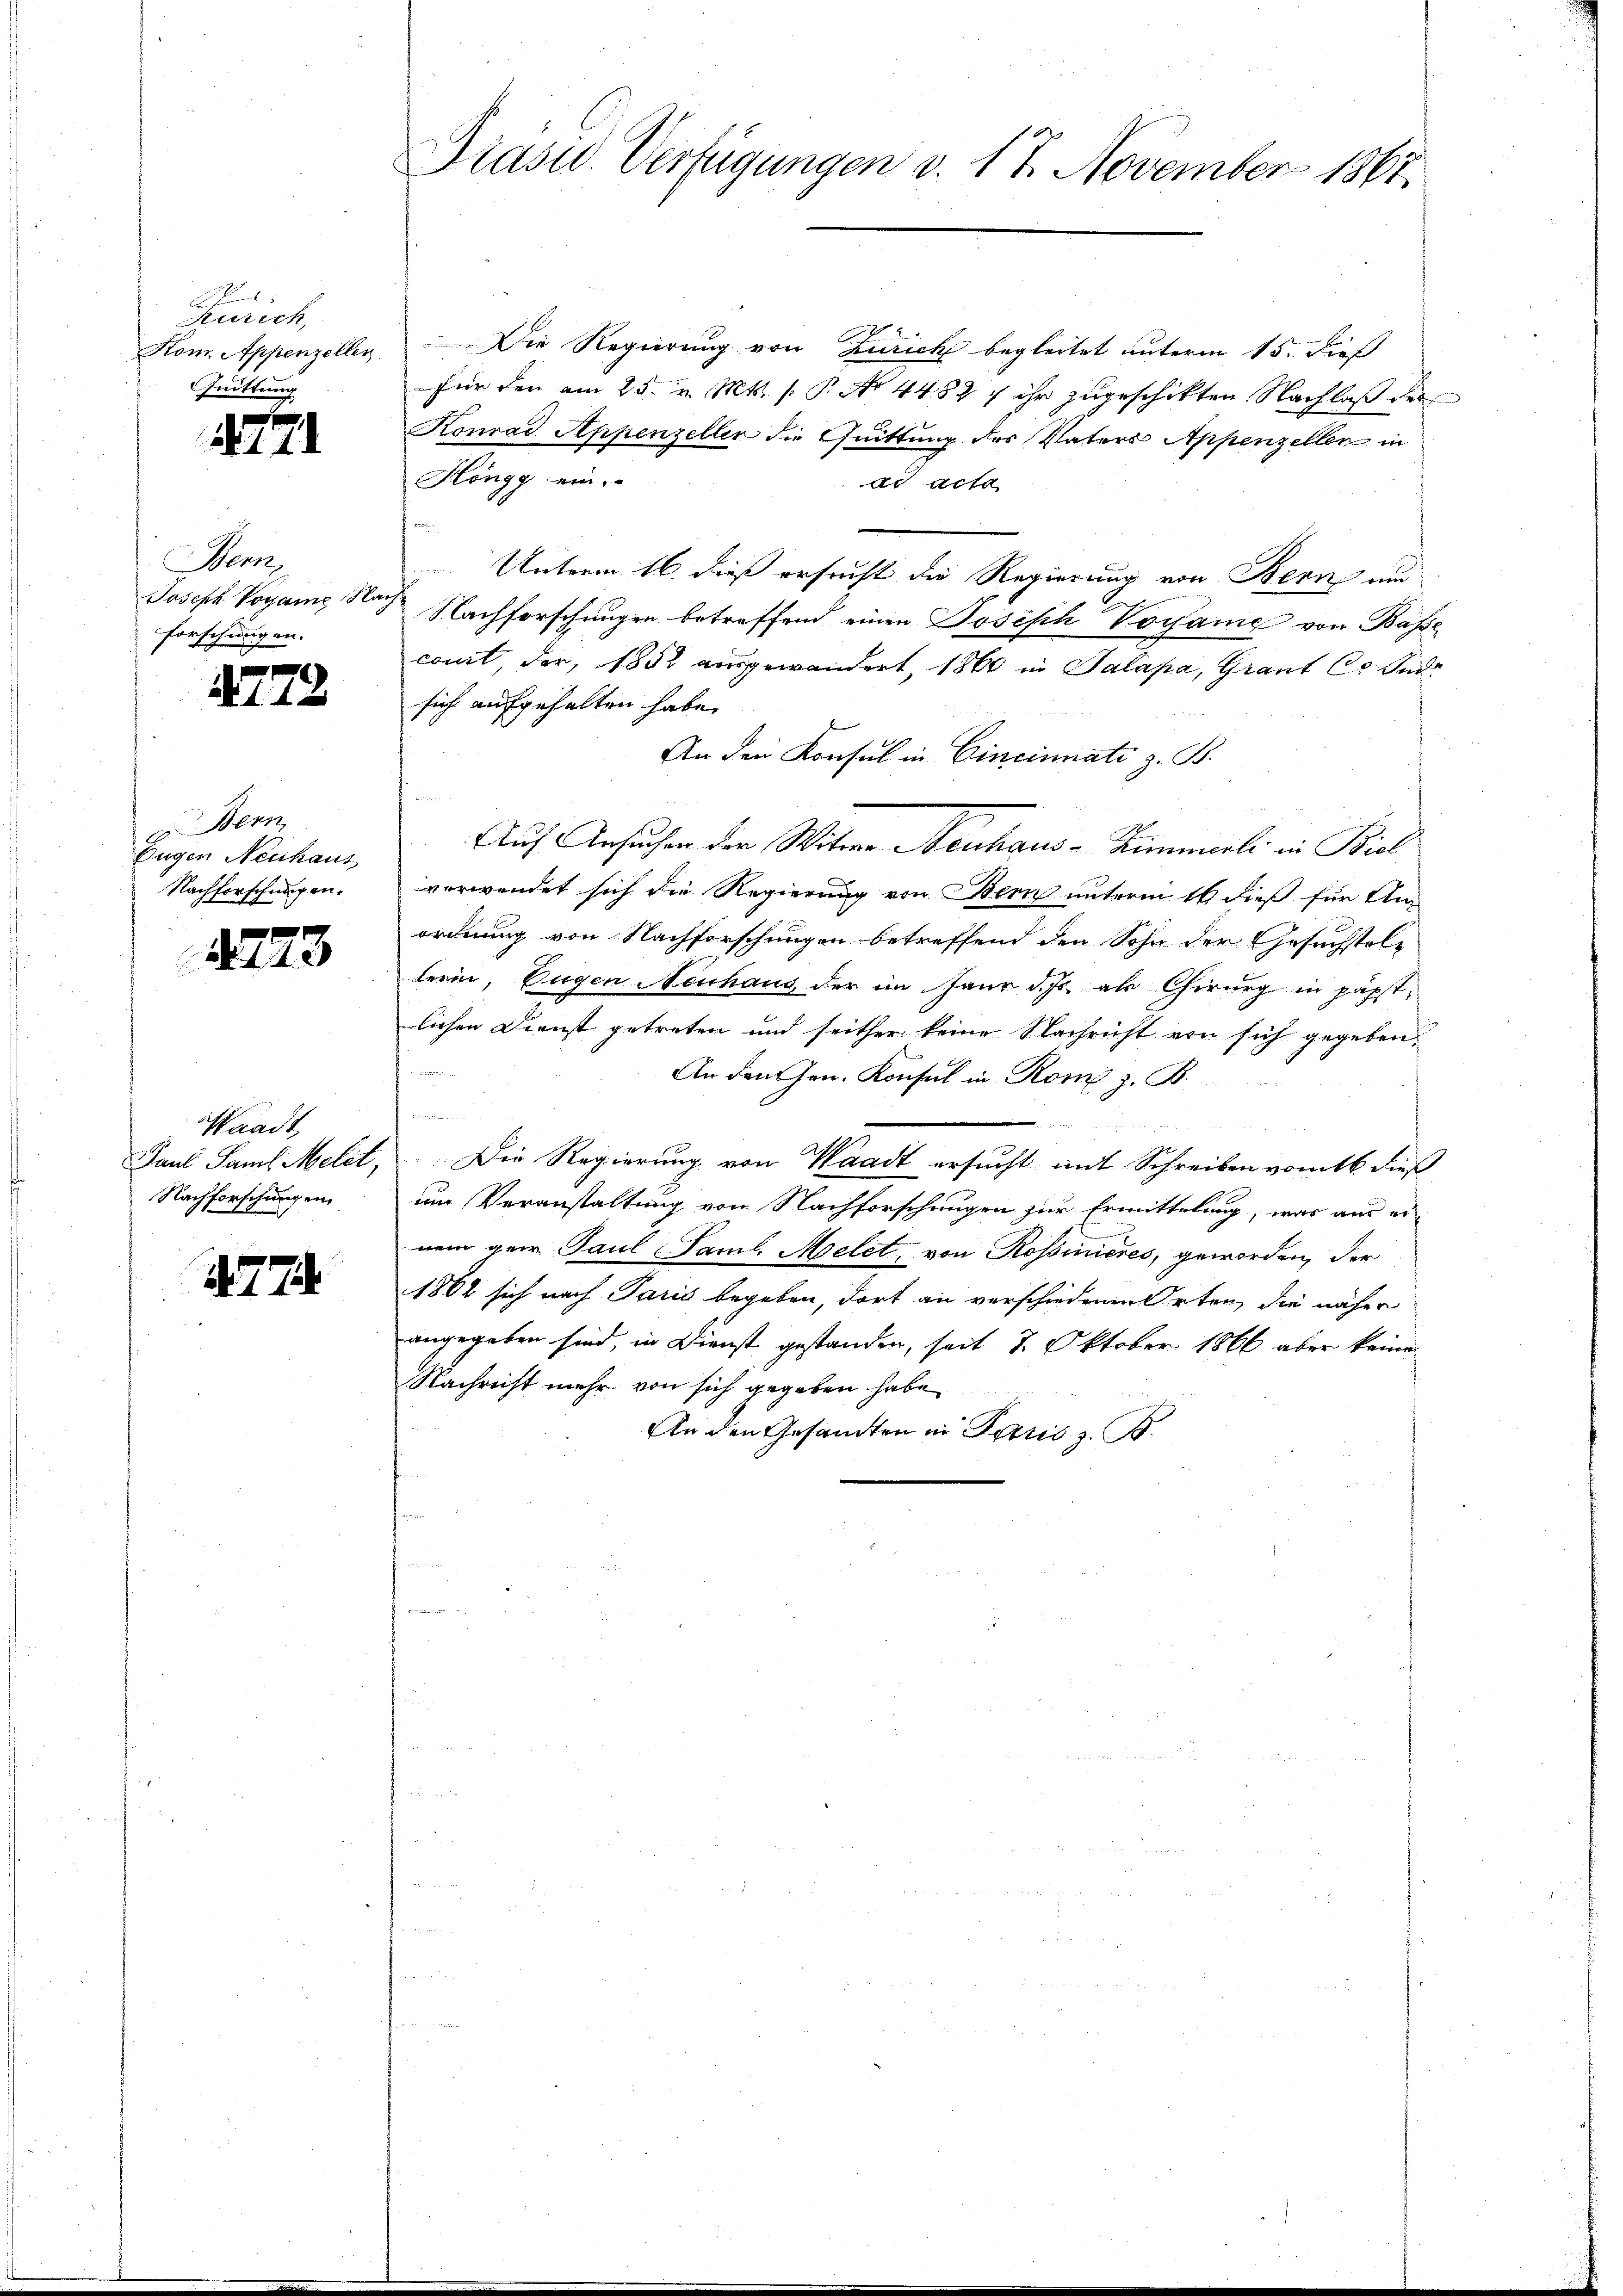
2
Zürich
Kom. Appenzellen
Quittung

A771

Merk
Joseph Vogane Nac
forschungen.

2778

Bern,
Eugen Neuhaus
Nachforschungen.

2773

Waadt,
Paul Paul Melet,
Nachforschung en

477

Präsid. Verfügungen v. 17. November 1867.

Die Regierung von Zürich begleitet unterm 15. dieß
für den am 25. v. Mts. f. P. No 4482 f ihr zugeschikten Nachlaß des
Konrad Appenzeller die Quittung des Vaters Appenzellen in
Höngg ein.
ad acta
Unterm 16. dieß ersucht die Regierung von Bern und
Nachforschungen betreffend einen Josisch Vorsame von Base
comit, der, 1882 ausgewandert, 1860 in Palapa, Grant C. und
sich aufgehalten habe.
An den Konsul in Cincinati z. B.
.
Auf Ansuchen der Witwe Neuhaus - Zimmerli in Biel
verwendet sich die Regierung von Bern unterm 16 dieß für An-
ordnung von Nachforschungen betreffend den Sohn der Gesuchstellerin, Eugen Neuhaus der im Jaur d. Js. als Chirurg in päpst
lichen Dienst getreten und seither keine Nachricht von sich gegeben,
An den Gen. Konsul in Rom z. B.
.
Die Regierung von Waadt ersucht mit Schreiben vom 16. dieß
um Veranstaltung von Nachforschungen zur Ermittelung, was aus einem Herr Paul Saml. Melet, von Rossinieres, geworden, der
1862 sich nach Paris begeben, dort an verschiedenen Orten, die näher
angegeben sind, in Dienst gestanden, seit 8. Oktober 1866 aber keine
Nachricht mehr von sich gegeben habe
An den Gesandten in Paris z. B.